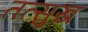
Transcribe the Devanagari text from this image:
तत्सुख